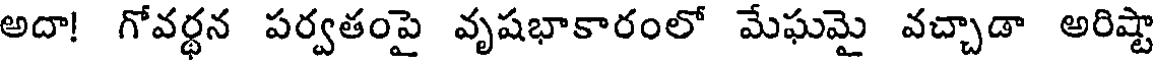
అదా! గోవర్థన పర్వతంపై వృషభాకారంలో మేఘమై వచ్చాడా అరిష్టా